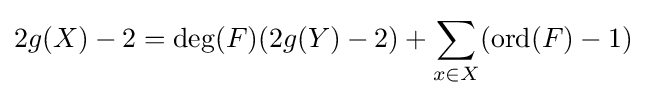
2g(X)-2=\deg(F)(2g(Y)-2)+\sum _{x\in X}(\operatorname {ord} (F)-1)